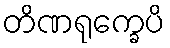
တိဏရုက္ခေပိ